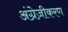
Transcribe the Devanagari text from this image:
अंग्रेज़ीकरण